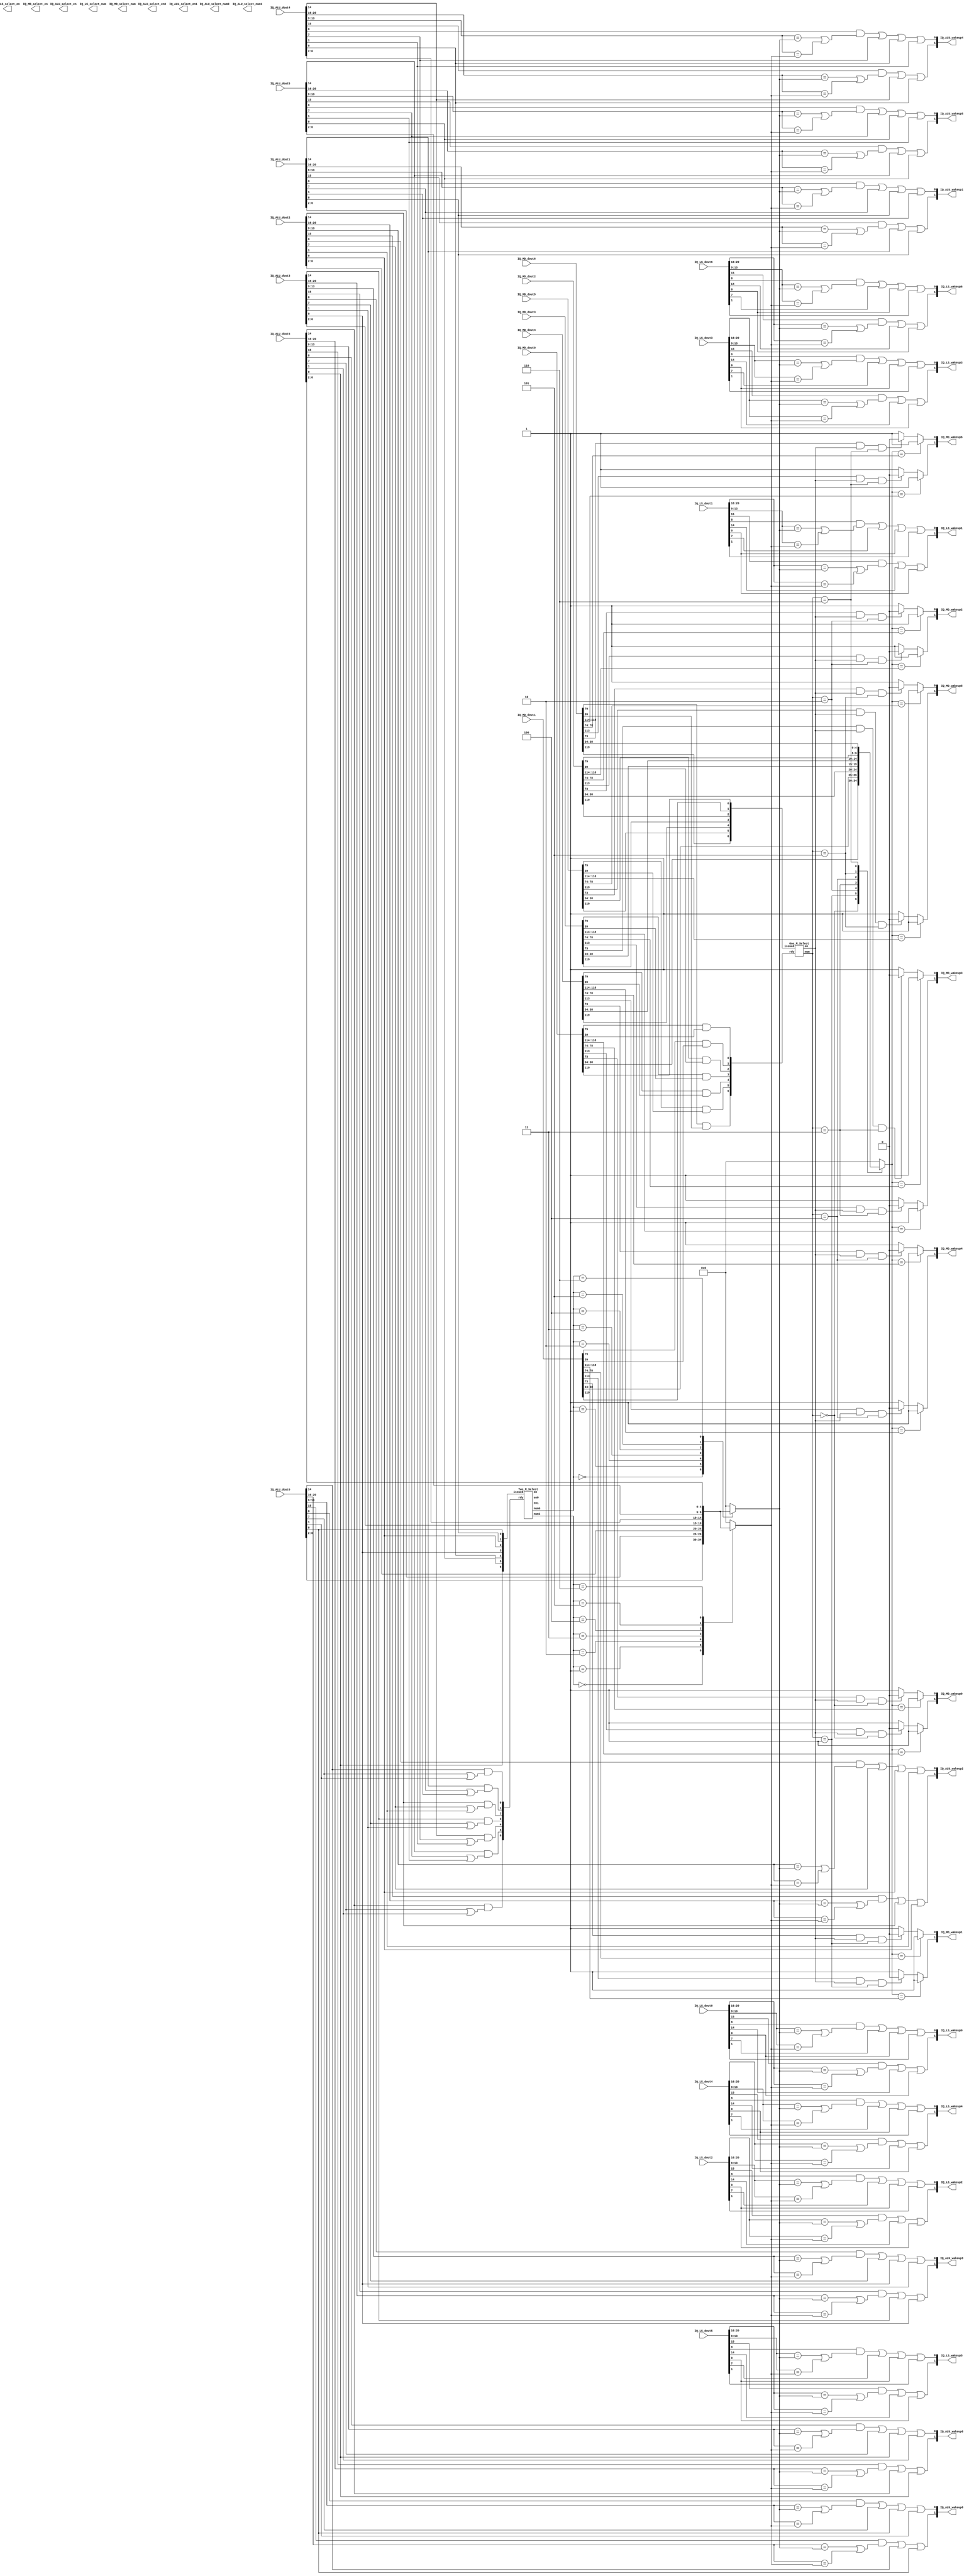
module select#(
	parameter IQ_ALU_WIDTH = 58,
	parameter IQ_MD_WIDTH  = 124,
	parameter IQ_LS_WIDTH  = 42
)(
    input wire [IQ_ALU_WIDTH-1:0] IQ_ALU_dout0,
    input wire [IQ_ALU_WIDTH-1:0] IQ_ALU_dout1,
    input wire [IQ_ALU_WIDTH-1:0] IQ_ALU_dout2,
    input wire [IQ_ALU_WIDTH-1:0] IQ_ALU_dout3,
    input wire [IQ_ALU_WIDTH-1:0] IQ_ALU_dout4,
    input wire [IQ_ALU_WIDTH-1:0] IQ_ALU_dout5,
    input wire [IQ_ALU_WIDTH-1:0] IQ_ALU_dout6,

    input wire [IQ_LS_WIDTH-1:0] IQ_LS_dout0,
    input wire [IQ_LS_WIDTH-1:0] IQ_LS_dout1,
    input wire [IQ_LS_WIDTH-1:0] IQ_LS_dout2,
    input wire [IQ_LS_WIDTH-1:0] IQ_LS_dout3,
    input wire [IQ_LS_WIDTH-1:0] IQ_LS_dout4,
    input wire [IQ_LS_WIDTH-1:0] IQ_LS_dout5,
    input wire [IQ_LS_WIDTH-1:0] IQ_LS_dout6,

    input wire [IQ_MD_WIDTH-1:0] IQ_MD_dout0,
    input wire [IQ_MD_WIDTH-1:0] IQ_MD_dout1,
    input wire [IQ_MD_WIDTH-1:0] IQ_MD_dout2,
    input wire [IQ_MD_WIDTH-1:0] IQ_MD_dout3,
    input wire [IQ_MD_WIDTH-1:0] IQ_MD_dout4,
    input wire [IQ_MD_WIDTH-1:0] IQ_MD_dout5,
    input wire [IQ_MD_WIDTH-1:0] IQ_MD_dout6,

    output wire [2:0] IQ_ALU_select_num0,
    output wire IQ_ALU_select_en0,
    output wire [2:0] IQ_ALU_select_num1,
    output wire IQ_ALU_select_en1,
    output wire [6:0] IQ_ALU_select_en,
    output wire [2:0] IQ_LS_select_num,
    output wire IQ_LS_select_en,
    output wire [2:0] IQ_MD_select_num,
    output wire IQ_MD_select_en,

	output wire [1:0] IQ_ALU_wakeup0,
	output wire [1:0] IQ_ALU_wakeup1,
	output wire [1:0] IQ_ALU_wakeup2,
	output wire [1:0] IQ_ALU_wakeup3,
	output wire [1:0] IQ_ALU_wakeup4,
	output wire [1:0] IQ_ALU_wakeup5,
	output wire [1:0] IQ_ALU_wakeup6,

	output wire [1:0] IQ_LS_wakeup0,
	output wire [1:0] IQ_LS_wakeup1,
	output wire [1:0] IQ_LS_wakeup2,
	output wire [1:0] IQ_LS_wakeup3,
	output wire [1:0] IQ_LS_wakeup4,
	output wire [1:0] IQ_LS_wakeup5,
	output wire [1:0] IQ_LS_wakeup6,

	output wire [1:0] IQ_MD_wakeup0,
	output wire [1:0] IQ_MD_wakeup1,
	output wire [1:0] IQ_MD_wakeup2,
	output wire [1:0] IQ_MD_wakeup3,
	output wire [1:0] IQ_MD_wakeup4,
	output wire [1:0] IQ_MD_wakeup5,
	output wire [1:0] IQ_MD_wakeup6
);

	wire [6:0] rdy_MD;
	wire [6:0] rdy_LS;
	wire [6:0] rdy_ALU;

	wire [6:0] issued_MD;
	wire [6:0] issued_LS;
	wire [6:0] issued_ALU;

	wire [2:0] select_num_MD;
	wire [2:0] select_num_LS;
	wire [2:0] select_num_ALU0;
	wire [2:0] select_num_ALU1;

	wire select_en_MD;
	wire select_en_LS;
	wire select_en0_ALU;
	wire select_en1_ALU;
	wire [6:0] select_en_ALU;

	reg [4:0] wakeup_reg_ALU0;
	reg [4:0] wakeup_reg_ALU1;
	reg [4:0] wakeup_reg_MD;
	reg [4:0] wakeup_reg_LS;

	wire wakeup_ALU_en0;
	wire wakeup_ALU_en1;
	wire [6:0] wakeup_ALU_en;
	wire wakeup_MD_en;
	wire wakeup_LS_en;

	assign rdy_MD = {
		IQ_MD_dout6[79] & IQ_MD_dout6[39],
		IQ_MD_dout5[79] & IQ_MD_dout5[39],
		IQ_MD_dout4[79] & IQ_MD_dout4[39],
		IQ_MD_dout3[79] & IQ_MD_dout3[39],
		IQ_MD_dout2[79] & IQ_MD_dout2[39],
		IQ_MD_dout1[79] & IQ_MD_dout1[39],
		IQ_MD_dout0[79] & IQ_MD_dout0[39]
	};

	assign rdy_LS = {
		IQ_LS_dout6[14] & (IQ_LS_dout6[7] || IQ_LS_dout6[1]),
		IQ_LS_dout5[14] & (IQ_LS_dout5[7] || IQ_LS_dout5[1]),
		IQ_LS_dout4[14] & (IQ_LS_dout4[7] || IQ_LS_dout4[1]),
		IQ_LS_dout3[14] & (IQ_LS_dout3[7] || IQ_LS_dout3[1]),
		IQ_LS_dout2[14] & (IQ_LS_dout2[7] || IQ_LS_dout2[1]),
		IQ_LS_dout1[14] & (IQ_LS_dout1[7] || IQ_LS_dout1[1]),
		IQ_LS_dout0[14] & (IQ_LS_dout0[7] || IQ_LS_dout0[1])
	};

	assign rdy_ALU = {
		IQ_ALU_dout6[14] & (IQ_ALU_dout6[7] || IQ_ALU_dout6[1]),
		IQ_ALU_dout5[14] & (IQ_ALU_dout5[7] || IQ_ALU_dout5[1]),
		IQ_ALU_dout4[14] & (IQ_ALU_dout4[7] || IQ_ALU_dout4[1]),
		IQ_ALU_dout3[14] & (IQ_ALU_dout3[7] || IQ_ALU_dout3[1]),
		IQ_ALU_dout2[14] & (IQ_ALU_dout2[7] || IQ_ALU_dout2[1]),
		IQ_ALU_dout1[14] & (IQ_ALU_dout1[7] || IQ_ALU_dout1[1]),
		IQ_ALU_dout0[14] & (IQ_ALU_dout0[7] || IQ_ALU_dout0[1])
	};

	assign issued_MD = {
		IQ_MD_dout6[119],
		IQ_MD_dout5[119],
		IQ_MD_dout4[119],
		IQ_MD_dout3[119],
		IQ_MD_dout2[119],
		IQ_MD_dout1[119],
		IQ_MD_dout0[119]
	};

	assign issued_LS = {
		IQ_LS_dout6[0],
		IQ_LS_dout5[0],
		IQ_LS_dout4[0],
		IQ_LS_dout3[0],
		IQ_LS_dout2[0],
		IQ_LS_dout1[0],
		IQ_LS_dout0[0]
	};

	assign issued_ALU = {
		IQ_ALU_dout6[0],
		IQ_ALU_dout5[0],
		IQ_ALU_dout4[0],
		IQ_ALU_dout3[0],
		IQ_ALU_dout2[0],
		IQ_ALU_dout1[0],
		IQ_ALU_dout0[0]
	};

	assign IQ_ALU_wakeup0 = {(IQ_ALU_dout0[15] && ((IQ_ALU_dout0[20:16] == wakeup_reg_ALU0) || (IQ_ALU_dout0[20:16] == wakeup_reg_ALU1))) || IQ_ALU_dout0[14] || IQ_ALU_dout0[0],
							 (IQ_ALU_dout0[8] && ((IQ_ALU_dout0[13:9] == wakeup_reg_ALU0) || (IQ_ALU_dout0[13:9] == wakeup_reg_ALU1))) || IQ_ALU_dout0[7] || IQ_ALU_dout0[0] || IQ_ALU_dout0[1]
	};

	assign IQ_ALU_wakeup1 = {(IQ_ALU_dout1[15] && ((IQ_ALU_dout1[20:16] == wakeup_reg_ALU0) || (IQ_ALU_dout1[20:16] == wakeup_reg_ALU1))) || IQ_ALU_dout1[14] || IQ_ALU_dout1[0],
							 (IQ_ALU_dout1[8] && ((IQ_ALU_dout1[13:9] == wakeup_reg_ALU0) || (IQ_ALU_dout1[13:9] == wakeup_reg_ALU1))) || IQ_ALU_dout1[7] || IQ_ALU_dout1[0] || IQ_ALU_dout1[1]
	};

	assign IQ_ALU_wakeup2 = {(IQ_ALU_dout2[15] && ((IQ_ALU_dout2[20:16] == wakeup_reg_ALU0) || (IQ_ALU_dout2[20:16] == wakeup_reg_ALU1))) || IQ_ALU_dout2[14] || IQ_ALU_dout2[0],
							 (IQ_ALU_dout2[8] && ((IQ_ALU_dout2[13:9] == wakeup_reg_ALU0) || (IQ_ALU_dout2[13:9] == wakeup_reg_ALU1))) || IQ_ALU_dout2[7] || IQ_ALU_dout2[0] || IQ_ALU_dout2[1]
	};

	assign IQ_ALU_wakeup3 = {(IQ_ALU_dout3[15] && ((IQ_ALU_dout3[20:16] == wakeup_reg_ALU0) || (IQ_ALU_dout3[20:16] == wakeup_reg_ALU1))) || IQ_ALU_dout3[14] || IQ_ALU_dout3[0],
							 (IQ_ALU_dout3[8] && ((IQ_ALU_dout3[13:9] == wakeup_reg_ALU0) || (IQ_ALU_dout3[13:9] == wakeup_reg_ALU1))) || IQ_ALU_dout3[7] || IQ_ALU_dout3[0] || IQ_ALU_dout3[1]
	};

	assign IQ_ALU_wakeup4 = {(IQ_ALU_dout4[15] && ((IQ_ALU_dout4[20:16] == wakeup_reg_ALU0) || (IQ_ALU_dout4[20:16] == wakeup_reg_ALU1))) || IQ_ALU_dout4[14] || IQ_ALU_dout4[0],
							 (IQ_ALU_dout4[8] && ((IQ_ALU_dout4[13:9] == wakeup_reg_ALU0) || (IQ_ALU_dout4[13:9] == wakeup_reg_ALU1))) || IQ_ALU_dout4[7] || IQ_ALU_dout4[0] || IQ_ALU_dout4[1]
	};

	assign IQ_ALU_wakeup5 = {(IQ_ALU_dout5[15] && ((IQ_ALU_dout5[20:16] == wakeup_reg_ALU0) || (IQ_ALU_dout5[20:16] == wakeup_reg_ALU1))) || IQ_ALU_dout5[14] || IQ_ALU_dout5[0],
							 (IQ_ALU_dout5[8] && ((IQ_ALU_dout5[13:9] == wakeup_reg_ALU0) || (IQ_ALU_dout5[13:9] == wakeup_reg_ALU1))) || IQ_ALU_dout5[7] || IQ_ALU_dout5[0] || IQ_ALU_dout5[1]
	};

	assign IQ_ALU_wakeup6 = {(IQ_ALU_dout6[15] && ((IQ_ALU_dout6[20:16] == wakeup_reg_ALU0) || (IQ_ALU_dout6[20:16] == wakeup_reg_ALU1))) || IQ_ALU_dout6[14] || IQ_ALU_dout6[0],
							 (IQ_ALU_dout6[8] && ((IQ_ALU_dout6[13:9] == wakeup_reg_ALU0) || (IQ_ALU_dout6[13:9] == wakeup_reg_ALU1))) || IQ_ALU_dout6[7] || IQ_ALU_dout6[0] || IQ_ALU_dout6[1]
	};

	assign IQ_LS_wakeup0 = {(IQ_LS_dout0[15] && ((IQ_LS_dout0[20:16] == wakeup_reg_ALU0) || (IQ_LS_dout0[20:16] == wakeup_reg_ALU1))) || IQ_LS_dout0[14] || IQ_LS_dout0[0],
							(IQ_LS_dout0[8] && ((IQ_LS_dout0[13:9] == wakeup_reg_ALU0) || (IQ_LS_dout0[13:9] == wakeup_reg_ALU1))) || IQ_LS_dout0[7] || IQ_LS_dout0[0] || IQ_LS_dout0[1]
	};

	assign IQ_LS_wakeup1 = {(IQ_LS_dout1[15] && ((IQ_LS_dout1[20:16] == wakeup_reg_ALU0) || (IQ_LS_dout1[20:16] == wakeup_reg_ALU1))) || IQ_LS_dout1[14] || IQ_LS_dout1[0],
							(IQ_LS_dout1[8] && ((IQ_LS_dout1[13:9] == wakeup_reg_ALU0) || (IQ_LS_dout1[13:9] == wakeup_reg_ALU1))) || IQ_LS_dout1[7] || IQ_LS_dout1[0] || IQ_LS_dout1[1]
	};

	assign IQ_LS_wakeup2 = {(IQ_LS_dout2[15] && ((IQ_LS_dout2[20:16] == wakeup_reg_ALU0) || (IQ_LS_dout2[20:16] == wakeup_reg_ALU1))) || IQ_LS_dout2[14] || IQ_LS_dout2[0],
							(IQ_LS_dout2[8] && ((IQ_LS_dout2[13:9] == wakeup_reg_ALU0) || (IQ_LS_dout2[13:9] == wakeup_reg_ALU1))) || IQ_LS_dout2[7] || IQ_LS_dout2[0] || IQ_LS_dout2[1]
	};

	assign IQ_LS_wakeup3 = {(IQ_LS_dout3[15] && ((IQ_LS_dout3[20:16] == wakeup_reg_ALU0) || (IQ_LS_dout3[20:16] == wakeup_reg_ALU1))) || IQ_LS_dout3[14] || IQ_LS_dout3[0],
							(IQ_LS_dout3[8] && ((IQ_LS_dout3[13:9] == wakeup_reg_ALU0) || (IQ_LS_dout3[13:9] == wakeup_reg_ALU1))) || IQ_LS_dout3[7] || IQ_LS_dout3[0] || IQ_LS_dout3[1]
	};

	assign IQ_LS_wakeup4 = {(IQ_LS_dout4[15] && ((IQ_LS_dout4[20:16] == wakeup_reg_ALU0) || (IQ_LS_dout4[20:16] == wakeup_reg_ALU1))) || IQ_LS_dout4[14] || IQ_LS_dout4[0],
							(IQ_LS_dout4[8] && ((IQ_LS_dout4[13:9] == wakeup_reg_ALU0) || (IQ_LS_dout4[13:9] == wakeup_reg_ALU1))) || IQ_LS_dout4[7] || IQ_LS_dout4[0] || IQ_LS_dout4[1]
	};

	assign IQ_LS_wakeup5 = {(IQ_LS_dout5[15] && ((IQ_LS_dout5[20:16] == wakeup_reg_ALU0) || (IQ_LS_dout5[20:16] == wakeup_reg_ALU1))) || IQ_LS_dout5[14] || IQ_LS_dout5[0],
							(IQ_LS_dout5[8] && ((IQ_LS_dout5[13:9] == wakeup_reg_ALU0) || (IQ_LS_dout5[13:9] == wakeup_reg_ALU1))) || IQ_LS_dout5[7] || IQ_LS_dout5[0] || IQ_LS_dout5[1]
	};

	assign IQ_LS_wakeup6 = {(IQ_LS_dout6[15] && ((IQ_LS_dout6[20:16] == wakeup_reg_ALU0) || (IQ_LS_dout6[20:16] == wakeup_reg_ALU1))) || IQ_LS_dout6[14] || IQ_LS_dout6[0],
							(IQ_LS_dout6[8] && ((IQ_LS_dout6[13:9] == wakeup_reg_ALU0) || (IQ_LS_dout6[13:9] == wakeup_reg_ALU1))) || IQ_LS_dout6[7] || IQ_LS_dout6[0] || IQ_LS_dout6[1]
	};

	assign IQ_MD_wakeup0 = {(wakeup_reg_MD == IQ_MD_dout0[118:114]) ? (1'b1) : ((IQ_MD_dout0[113] && select_en_MD && (select_num_MD == 3'd0)) ? (1'b0) : (1'b1)),
							(wakeup_reg_MD == IQ_MD_dout0[78:74]) ? (1'b1) : ((IQ_MD_dout0[73] && select_en_MD && (select_num_MD == 3'd0)) ? (1'b0) : (1'b1))
	};

	assign IQ_MD_wakeup1 = {(wakeup_reg_MD == IQ_MD_dout1[118:114]) ? (1'b1) : ((IQ_MD_dout1[113] && select_en_MD && (select_num_MD == 3'd1)) ? (1'b0) : (1'b1)),
							(wakeup_reg_MD == IQ_MD_dout1[78:74]) ? (1'b1) : ((IQ_MD_dout1[73] && select_en_MD && (select_num_MD == 3'd1)) ? (1'b0) : (1'b1))
	};

	assign IQ_MD_wakeup2 = {(wakeup_reg_MD == IQ_MD_dout2[118:114]) ? (1'b1) : ((IQ_MD_dout2[113] && select_en_MD && (select_num_MD == 3'd2)) ? (1'b0) : (1'b1)),
							(wakeup_reg_MD == IQ_MD_dout2[78:74]) ? (1'b1) : ((IQ_MD_dout2[73] && select_en_MD && (select_num_MD == 3'd2)) ? (1'b0) : (1'b1))
	};

	assign IQ_MD_wakeup3 = {(wakeup_reg_MD == IQ_MD_dout3[118:114]) ? (1'b1) : ((IQ_MD_dout3[113] && select_en_MD && (select_num_MD == 3'd3)) ? (1'b0) : (1'b1)),
							(wakeup_reg_MD == IQ_MD_dout3[78:74]) ? (1'b1) : ((IQ_MD_dout3[73] && select_en_MD && (select_num_MD == 3'd3)) ? (1'b0) : (1'b1))
	};

	assign IQ_MD_wakeup4 = {(wakeup_reg_MD == IQ_MD_dout4[118:114]) ? (1'b1) : ((IQ_MD_dout4[113] && select_en_MD && (select_num_MD == 3'd4)) ? (1'b0) : (1'b1)),
							(wakeup_reg_MD == IQ_MD_dout4[78:74]) ? (1'b1) : ((IQ_MD_dout4[73] && select_en_MD && (select_num_MD == 3'd4)) ? (1'b0) : (1'b1))
	};

	assign IQ_MD_wakeup5 = {(wakeup_reg_MD == IQ_MD_dout5[118:114]) ? (1'b1) : ((IQ_MD_dout5[113] && select_en_MD && (select_num_MD == 3'd5)) ? (1'b0) : (1'b1)),
							(wakeup_reg_MD == IQ_MD_dout5[78:74]) ? (1'b1) : ((IQ_MD_dout5[73] && select_en_MD && (select_num_MD == 3'd5)) ? (1'b0) : (1'b1))
	};

	assign IQ_MD_wakeup6 = {(wakeup_reg_MD == IQ_MD_dout6[118:114]) ? (1'b1) : ((IQ_MD_dout6[113] && select_en_MD && (select_num_MD == 3'd6)) ? (1'b0) : (1'b1)),
							(wakeup_reg_MD == IQ_MD_dout6[78:74]) ? (1'b1) : ((IQ_MD_dout6[73] && select_en_MD && (select_num_MD == 3'd6)) ? (1'b0) : (1'b1))
	};

	One_M_Select Select_MD(
		.rdy(rdy_MD),
		.issued(issued_MD),
		.num(select_num_MD),
		.en(select_en_MD)
	);

	One_M_Select Select_LS(
		.rdy(rdy_LS),
		.issued(issued_LS),
		.num(select_num_LS),
		.en(select_en_LS)
	);

	Two_M_Select Select_ALU(
		.rdy(rdy_ALU),
		.issued(issued_ALU),
		.num0(select_num_ALU0),
		.num1(select_num_ALU1),
		.en(select_en_ALU),
		.en0(select_en0_ALU),
		.en1(select_en1_ALU)
	);

	always @(*) begin
		case(select_num_MD)
			3'd0 : begin
				wakeup_reg_MD <= IQ_MD_dout0[38:34];
			end
			3'd1 : begin
				wakeup_reg_MD <= IQ_MD_dout1[38:34];
			end
			3'd2 : begin
				wakeup_reg_MD <= IQ_MD_dout2[38:34];
			end
			3'd3 : begin
				wakeup_reg_MD <= IQ_MD_dout3[38:34];
			end
			3'd4 : begin
				wakeup_reg_MD <= IQ_MD_dout4[38:34];
			end
			3'd5 : begin
				wakeup_reg_MD <= IQ_MD_dout5[38:34];
			end
			3'd6 : begin
				wakeup_reg_MD <= IQ_MD_dout6[38:34];
			end
			default : begin
				wakeup_reg_MD <= 5'd0;
			end
		endcase
	end

	always @(*) begin
		case(select_num_LS)
			3'd0 : begin
				wakeup_reg_LS <= IQ_LS_dout0[6:2];
			end
			3'd1 : begin
				wakeup_reg_LS <= IQ_LS_dout1[6:2];
			end
			3'd2 : begin
				wakeup_reg_LS <= IQ_LS_dout2[6:2];
			end
			3'd3 : begin
				wakeup_reg_LS <= IQ_LS_dout3[6:2];
			end
			3'd4 : begin
				wakeup_reg_LS <= IQ_LS_dout4[6:2];
			end
			3'd5 : begin
				wakeup_reg_LS <= IQ_LS_dout5[6:2];
			end
			3'd6 : begin
				wakeup_reg_LS <= IQ_LS_dout6[6:2];
			end
			default : begin
				wakeup_reg_LS <= 5'd0;
			end
		endcase
	end

	always @(*) begin
		case(select_num_ALU0)
			3'd0 : begin
				wakeup_reg_ALU0 <= IQ_ALU_dout0[6:2];
			end
			3'd1 : begin
				wakeup_reg_ALU0 <= IQ_ALU_dout1[6:2];
			end
			3'd2 : begin
				wakeup_reg_ALU0 <= IQ_ALU_dout2[6:2];
			end
			3'd3 : begin
				wakeup_reg_ALU0 <= IQ_ALU_dout3[6:2];
			end
			3'd4 : begin
				wakeup_reg_ALU0 <= IQ_ALU_dout4[6:2];
			end
			3'd5 : begin
				wakeup_reg_ALU0 <= IQ_ALU_dout5[6:2];
			end
			3'd6 : begin
				wakeup_reg_ALU0 <= IQ_ALU_dout6[6:2];
			end
			default : begin
				wakeup_reg_ALU0 <= 5'd0;
			end
		endcase
		case(select_num_ALU1)
			3'd0 : begin
				wakeup_reg_ALU1 <= IQ_ALU_dout0[6:2];
			end
			3'd1 : begin
				wakeup_reg_ALU1 <= IQ_ALU_dout1[6:2];
			end
			3'd2 : begin
				wakeup_reg_ALU1 <= IQ_ALU_dout2[6:2];
			end
			3'd3 : begin
				wakeup_reg_ALU1 <= IQ_ALU_dout3[6:2];
			end
			3'd4 : begin
				wakeup_reg_ALU1 <= IQ_ALU_dout4[6:2];
			end
			3'd5 : begin
				wakeup_reg_ALU1 <= IQ_ALU_dout5[6:2];
			end
			3'd6 : begin
				wakeup_reg_ALU1 <= IQ_ALU_dout6[6:2];
			end
			default : begin
				wakeup_reg_ALU1 <= 5'd0;
			end
		endcase
	end

endmodule

////////////////////////////////////////////////////////////////////////////////////////////////////
module One_M_Select(
	input wire [6:0] rdy,
	input wire [6:0] issued,
	output reg [2:0] num,
	output reg en
);

	always@(*) begin
		if(rdy[0] == 1'b1 && issued[0] != 1'b1) begin
			num <= 3'd0;
			en  <= 1'b1;
		end else if(rdy[1] == 1'b1 && issued[1] != 1'b1) begin
			num <= 3'd1;
			en  <= 1'b1;
		end else if(rdy[2] == 1'b1 && issued[2] != 1'b1) begin
			num <= 3'd2;
			en  <= 1'b1;
		end else if(rdy[3] == 1'b1 && issued[3] != 1'b1) begin
			num <= 3'd3;
			en  <= 1'b1;
		end else if(rdy[4] == 1'b1 && issued[4] != 1'b1) begin
			num <= 3'd4;
			en  <= 1'b1;
		end else if(rdy[5] == 1'b1 && issued[5] != 1'b1) begin
			num <= 3'd5;
			en  <= 1'b1;
		end else if(rdy[6] == 1'b1 && issued[6] != 1'b1) begin
			num <= 3'd6;
			en  <= 1'b1;
		end else begin
			num <= 3'd7;
			en  <= 1'b0;
		end
	end
	
endmodule

////////////////////////////////////////////////////////////////////////////////////////////////////
module Two_M_Select(
	input wire [6:0] rdy,
	input wire [6:0] issued,
	output reg [2:0] num0,
	output reg [2:0] num1,
	output reg en0,
	output reg en1,
    output reg [6:0] en
);

	always@(*) begin
		if(rdy[0] == 1'b1 && issued[0] != 1'b1) begin
			num0 <= 3'd0;
			en0  <= 1'b1;
			if(rdy[1] == 1'b1 && issued[1] != 1'b1) begin
				num1 <= 3'd1;
				en1  <= 1'b1;
                en   <= 7'b0000011;
			end else if(rdy[2] == 1'b1 && issued[2] != 1'b1) begin
				num1 <= 3'd2;
				en1  <= 1'b1;
                en   <= 7'b0000101;
			end else if(rdy[3] == 1'b1 && issued[3] != 1'b1) begin
				num1 <= 3'd3;
				en1  <= 1'b1;
                en   <= 7'b0001001;
			end else if(rdy[4] == 1'b1 && issued[4] != 1'b1) begin
				num1 <= 3'd4;
				en1  <= 1'b1;
                en   <= 7'b0010001;
			end else if(rdy[5] == 1'b1 && issued[5] != 1'b1) begin
				num1 <= 3'd5;
				en1  <= 1'b1;
                en   <= 7'b0100001;
			end else if(rdy[6] == 1'b1 && issued[6] != 1'b1) begin
				num1 <= 3'd6;
				en1  <= 1'b1;
                en   <= 7'b1000001;
			end else begin
				num1 <= 3'd7;
				en1  <= 1'b0;
                en   <= 7'b0000001;
			end
		end else if(rdy[1] == 1'b1 && issued[1] != 1'b1) begin
			num0 <= 3'd1;
			en0  <= 1'b1;
			if(rdy[2] == 1'b1 && issued[2] != 1'b1) begin
				num1 <= 3'd2;
				en1  <= 1'b1;
                en   <= 7'b0000110;
			end else if(rdy[3] == 1'b1 && issued[3] != 1'b1) begin
				num1 <= 3'd3;
				en1  <= 1'b1;
                en   <= 7'b0001010;
			end else if(rdy[4] == 1'b1 && issued[4] != 1'b1) begin
				num1 <= 3'd4;
				en1  <= 1'b1;
                en   <= 7'b0010010;
			end else if(rdy[5] == 1'b1 && issued[5] != 1'b1) begin
				num1 <= 3'd5;
				en1  <= 1'b1;
                en   <= 7'b0100010;
			end else if(rdy[6] == 1'b1 && issued[6] != 1'b1) begin
				num1 <= 3'd6;
				en1  <= 1'b1;
                en   <= 7'b1000010;
			end else begin
				num1 <= 3'd7;
				en1  <= 1'b0;
                en   <= 7'b0000010;
			end
		end else if(rdy[2] == 1'b1 && issued[2] != 1'b1) begin
			num0 <= 3'd2;
			en0  <= 1'b1;
			if(rdy[3] == 1'b1 && issued[3] != 1'b1) begin
				num1 <= 3'd3;
				en1  <= 1'b1;
                en   <= 7'b0001100;
			end else if(rdy[4] == 1'b1 && issued[4] != 1'b1) begin
				num1 <= 3'd4;
				en1  <= 1'b1;
                en   <= 7'b0010100;
			end else if(rdy[5] == 1'b1 && issued[5] != 1'b1) begin
				num1 <= 3'd5;
				en1  <= 1'b1;
                en   <= 7'b0100100;
			end else if(rdy[6] == 1'b1 && issued[6] != 1'b1) begin
				num1 <= 3'd6;
				en1  <= 1'b1;
                en   <= 7'b1000100;
			end else begin
				num1 <= 3'd7;
				en1  <= 1'b0;
                en   <= 7'b0000100;
			end
		end else if(rdy[3] == 1'b1 && issued[3] != 1'b1) begin
			num0 <= 3'd3;
			en0  <= 1'b1;
			if(rdy[4] == 1'b1 && issued[4] != 1'b1) begin
				num1 <= 3'd4;
				en1  <= 1'b1;
                en   <= 7'b0011000;
			end else if(rdy[5] == 1'b1 && issued[5] != 1'b1) begin
				num1 <= 3'd5;
				en1  <= 1'b1;
                en   <= 7'b0101000;
			end else if(rdy[6] == 1'b1 && issued[6] != 1'b1) begin
				num1 <= 3'd6;
				en1  <= 1'b1;
                en   <= 7'b1001000;
			end else begin
				num1 <= 3'd7;
				en1  <= 1'b0;
                en   <= 7'b0001000;
			end
		end else if(rdy[4] == 1'b1 && issued[4] != 1'b1) begin
			num0 <= 3'd4;
			en0  <= 1'b1;
			if(rdy[5] == 1'b1 && issued[5] != 1'b1) begin
				num1 <= 3'd5;
				en1  <= 1'b1;
                en   <= 7'b0110000;
			end else if(rdy[6] == 1'b1 && issued[6] != 1'b1) begin
				num1 <= 3'd6;
				en1  <= 1'b1;
                en   <= 7'b1010000;
			end else begin
				num1 <= 3'd7;
				en1  <= 1'b0;
                en   <= 7'b0010000;
			end
		end else if(rdy[5] == 1'b1 && issued[5] != 1'b1) begin
			num0 <= 3'd5;
			en0  <= 1'b1;
			if(rdy[6] == 1'b1 && issued[6] != 1'b1) begin
				num1 <= 3'd6;
				en1  <= 1'b1;
                en   <= 7'b1100000;
			end else begin
				num1 <= 3'd7;
				en1  <= 1'b0;
                en   <= 7'b0100000;
			end
		end else if(rdy[6] == 1'b1 && issued[6] != 1'b1) begin
			num0 <= 3'd6;
			en0  <= 1'b1;
			num1 <= 3'd7;
			en1  <= 1'b0;
            en   <= 7'b1000000;
		end else begin
			num0 <= 3'd7;
			en0  <= 1'b0;
			num1 <= 3'd7;
			en1  <= 1'b0;
            en   <= 7'b0000000;
		end
	end

endmodule